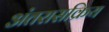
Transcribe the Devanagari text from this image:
अंतरासक्रिय